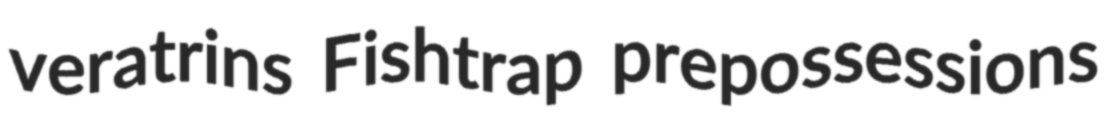
veratrins Fishtrap prepossessions